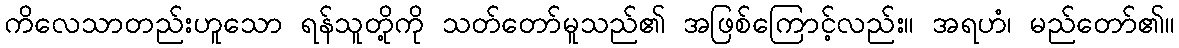
ကိလေသာတည်းဟူသော ရန်သူတို့ကို သတ်တော်မူသည်၏ အဖြစ်ကြောင့်လည်း။ အရဟံ၊ မည်တော်၏။